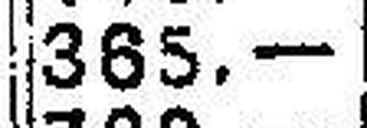
385.—